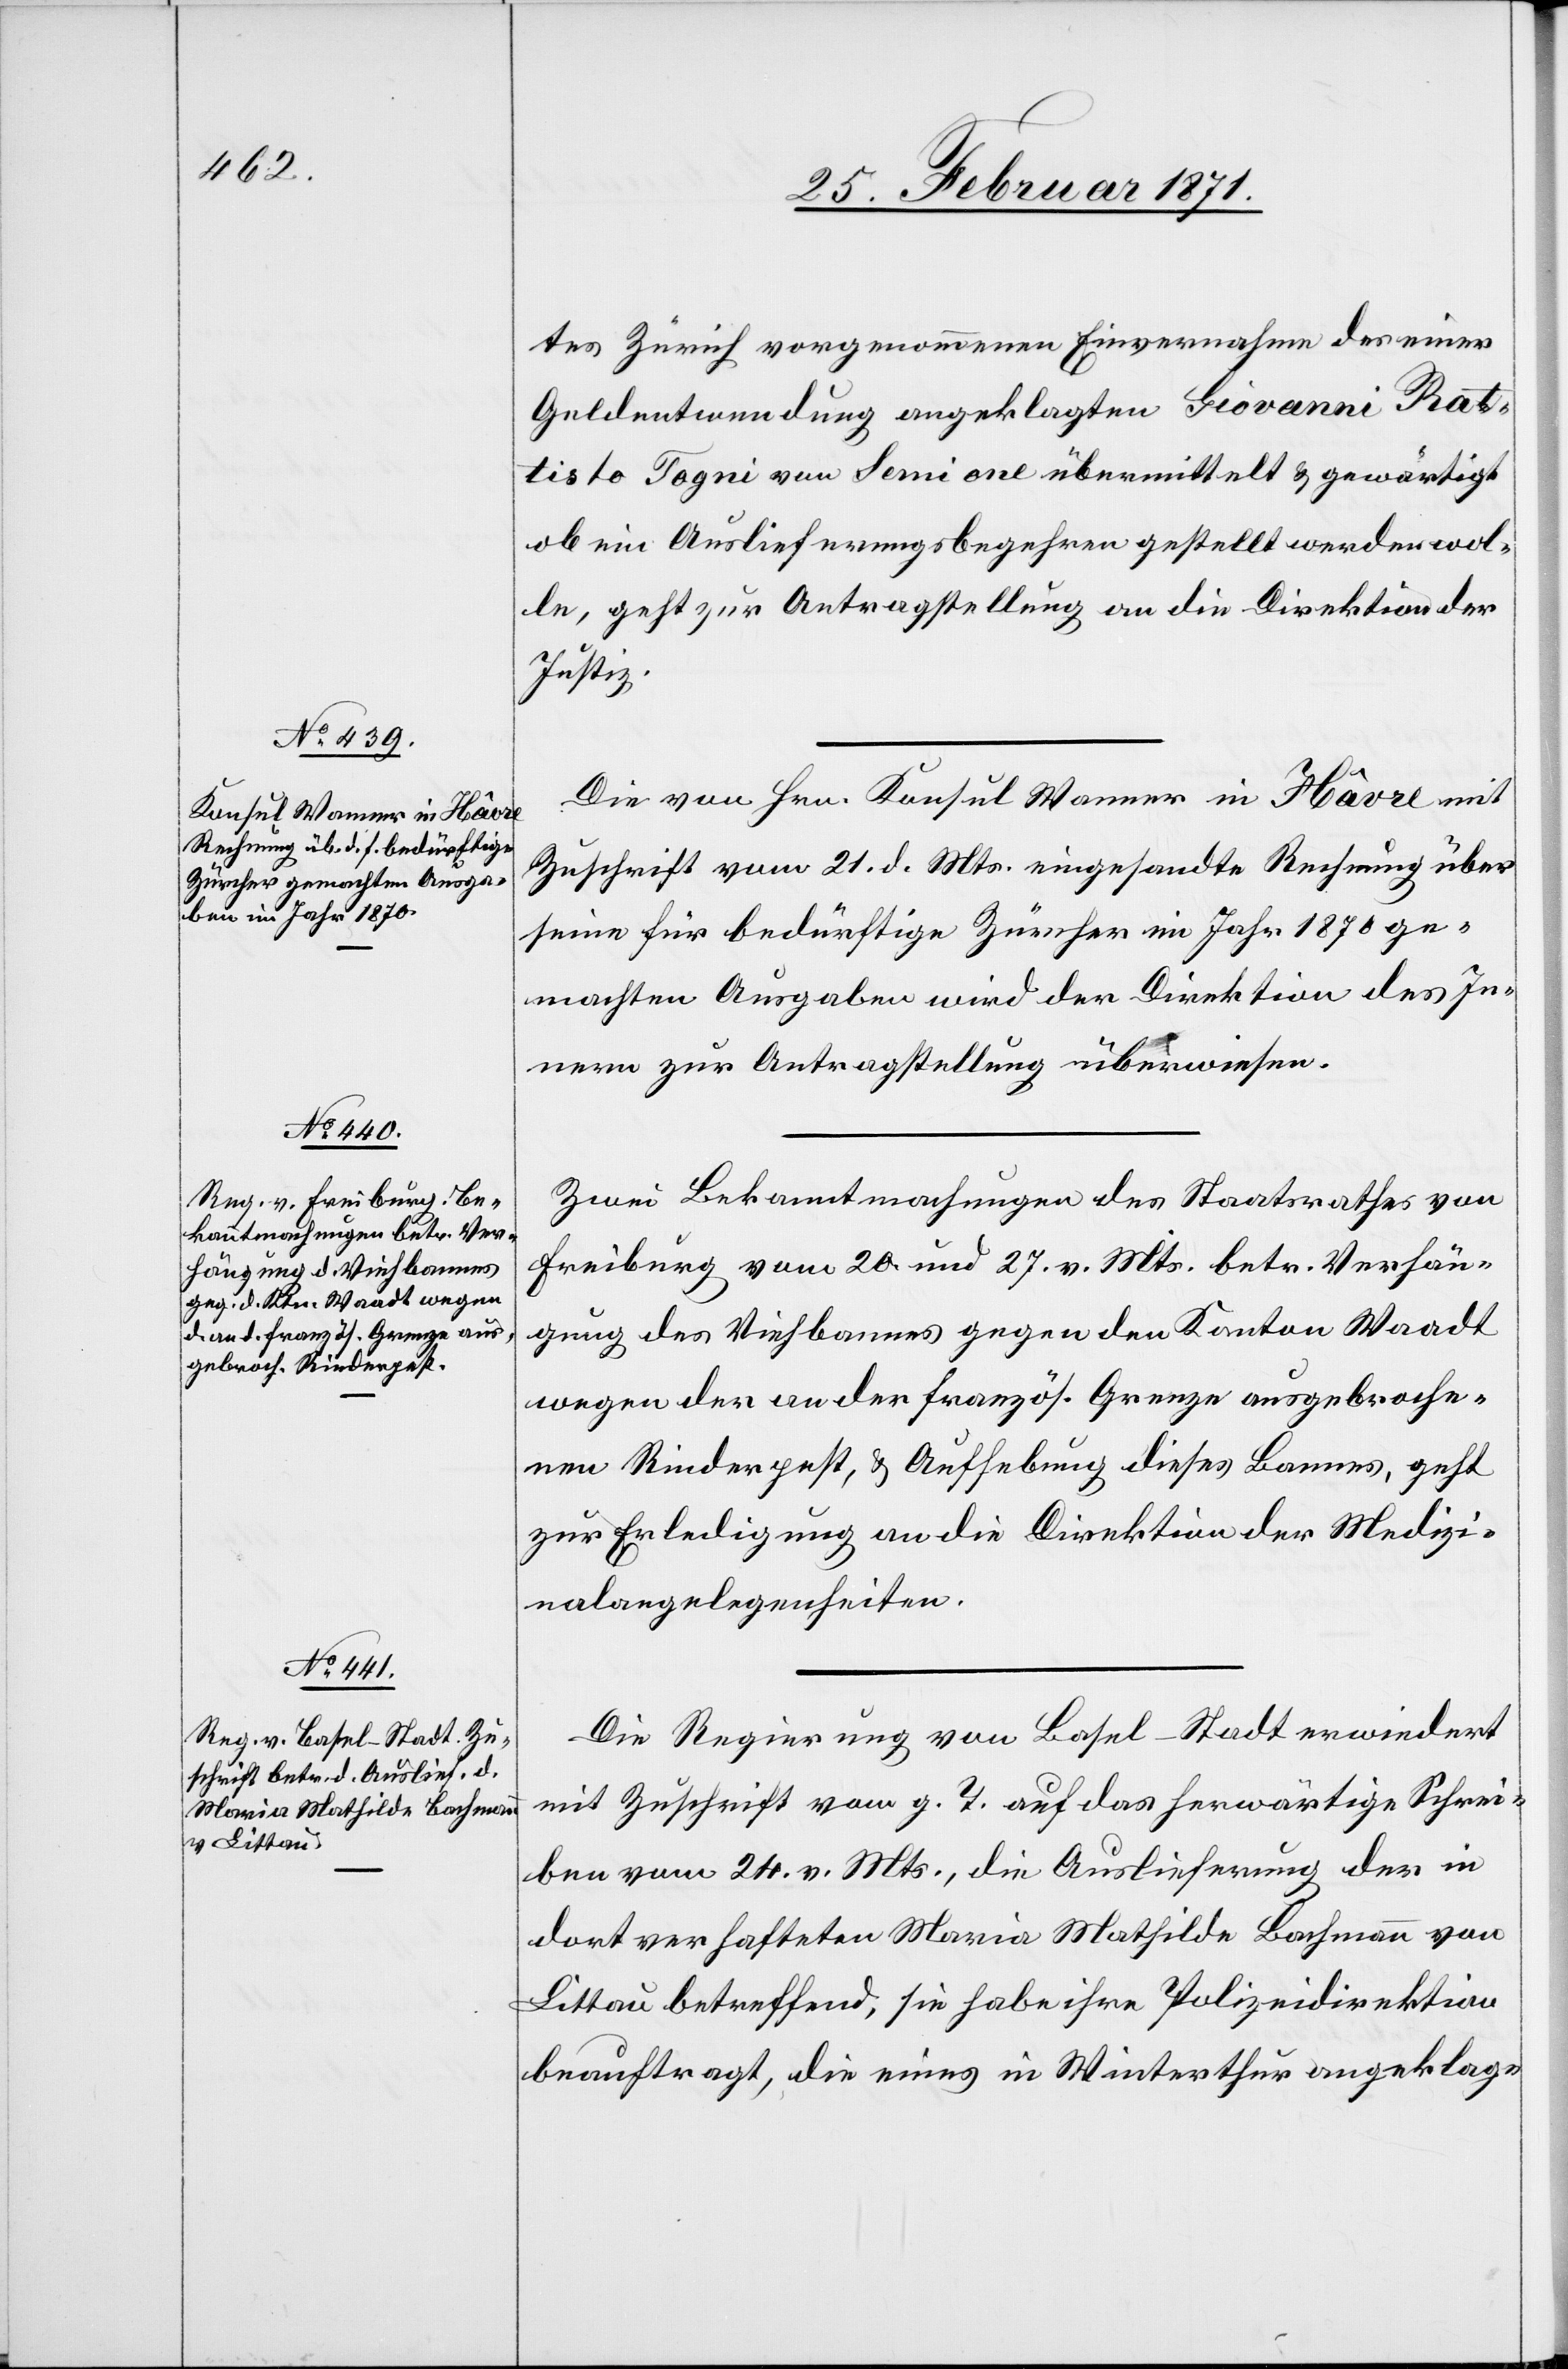
tes Zürich vorgenommenen Einvernahmen des einer
Geldentwendung angeklagten Giovanni Rat¬
tisto Togni aus Semione übermittelt u. gewärtigt
ob ein Auslieferungsbegehren gestellt werden wol¬
le, geht zur Antragstellung an die Direktion der
Justiz.
Die von Hrn. Konsul Wanner in Hâvre mit
Zuschrift vom 21. d. Mts. eingesandte Rechnung über
seine für bedürftige Zürcher im Jahr 1870 ge¬
machten Ausgaben wird der Direktion des In¬
nern zur Antragstellung überwiesen.
Zwei Bekanntmachungen des Staatsrathes von
Freiburg vom 20. und 27. v. Mts. betr. Verhän¬
gung des Viehbannes gegen den Kanton Waadt
wegen der an der französ. Grenze ausgebroche¬
nen Rinderpest, u. Aufhebung dieses Bannes, geht
zur Erledigung an die Direktion der Medizi¬
nalangelegenheiten.
Die Regierung von Basel-Stadt erwiedert
mit Zuschrift vom g. T. auf das herwärtige Schrei¬
ben vom 24. v. Mts., die Auslieferung der in
dort verhafteten Maria Mathilde Bachmann von
Littau betreffend, sie habe ihre Polizeidirektion
beauftrag, die eines in Winterthur angeklag-